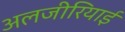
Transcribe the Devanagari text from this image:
अलजीरियाई